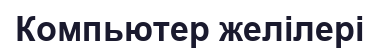
Компьютер желілері